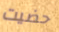
حضيت